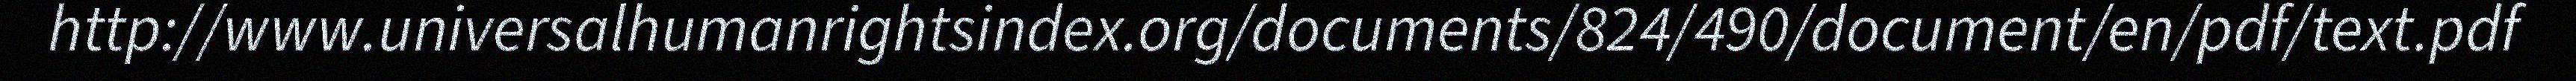
http://www.universalhumanrightsindex.org/documents/824/490/document/en/pdf/text.pdf